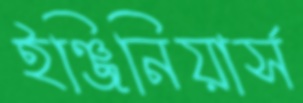
ইঞ্জিনিয়ার্স